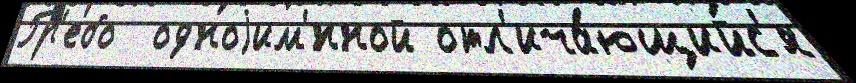
Гр'ебо  одноjим'́нной отл'ича́ющийс'я